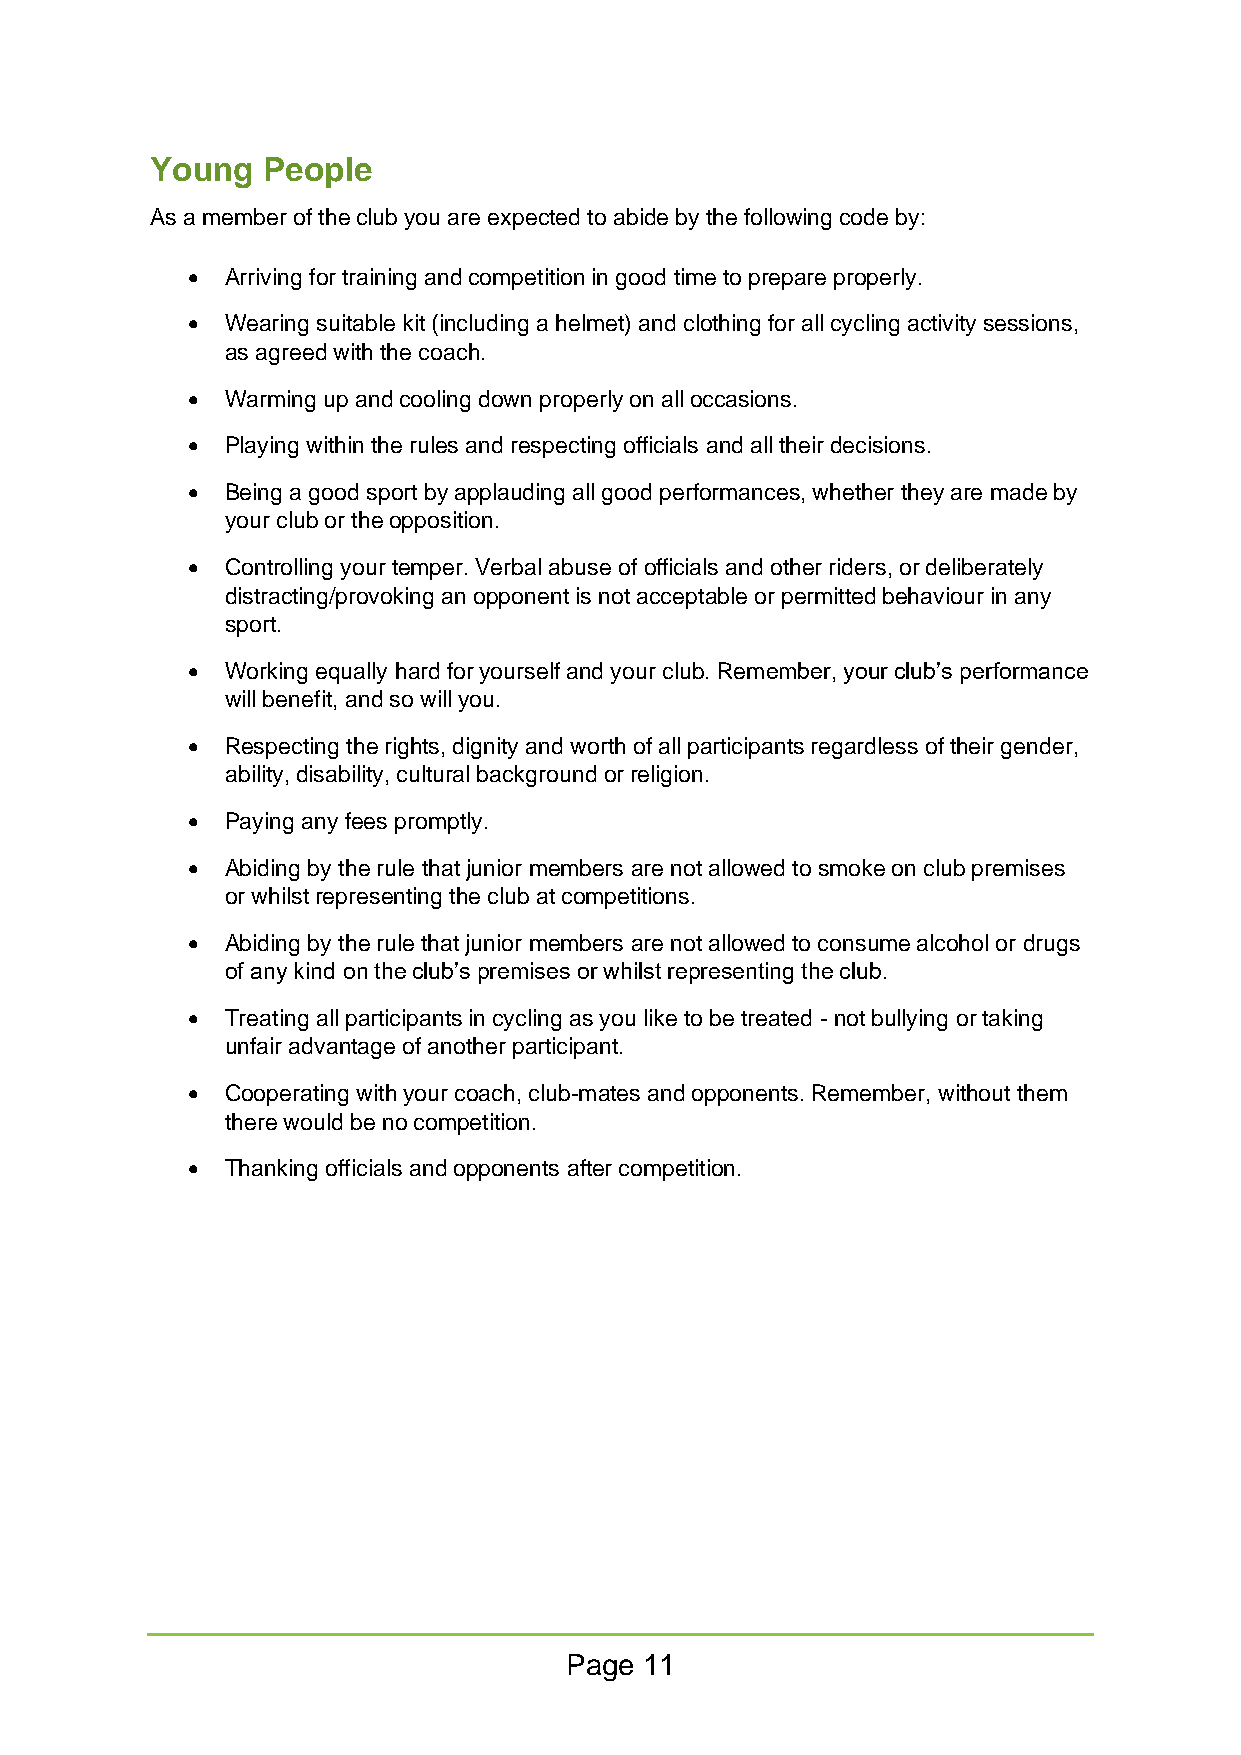
Young  People
 As a member of the club you are expected to abide by the following code by:
 •  Arriving for training and competition in good time to prepare properly.
 •  Wearing suitable kit (including a helmet) and clothing for all cycling activity sessions,
 as agreed with the coach.
 •  Warming up and cooling down properly on all occasions.
 •  Playing within the rules and respecting officials and all their decisions.
 •  Being a good sport by applauding all good performances, whether they are made by
 your club or the opposition.
 •  Controlling your temper. Verbal abuse of officials and other riders, or deliberately
 distracting/provoking an opponent is not acceptable or permitted behaviour in any
 sport.
 •  Working equally hard for yourself and your club. Remember, your club’s performance
 will benefit, and so will you.
 •  Respecting the rights, dignity and worth of all participants regardless of their gender,
 ability, disability, cultural background or religion.
 •  Paying any fees promptly.
 •  Abiding by the rule that junior members are not allowed to smoke on club premises
 or whilst representing the club at competitions.
 •  Abiding by the rule that junior members are not allowed to consume alcohol or drugs
 of any kind on the club’s premises or whilst representing the club.
 •  Treating all participants in cycling as you like to be treated - not bullying or taking
 unfair advantage of another participant.
 •  Cooperating with your coach, club-mates and opponents. Remember, without them
 there would be no competition.
 •  Thanking officials and opponents after competition.
 Page  11